Annual report of the Punjab Veterinary College and of the Civil Veterinary Department, Punjab - 1920-1925
Year: 1920
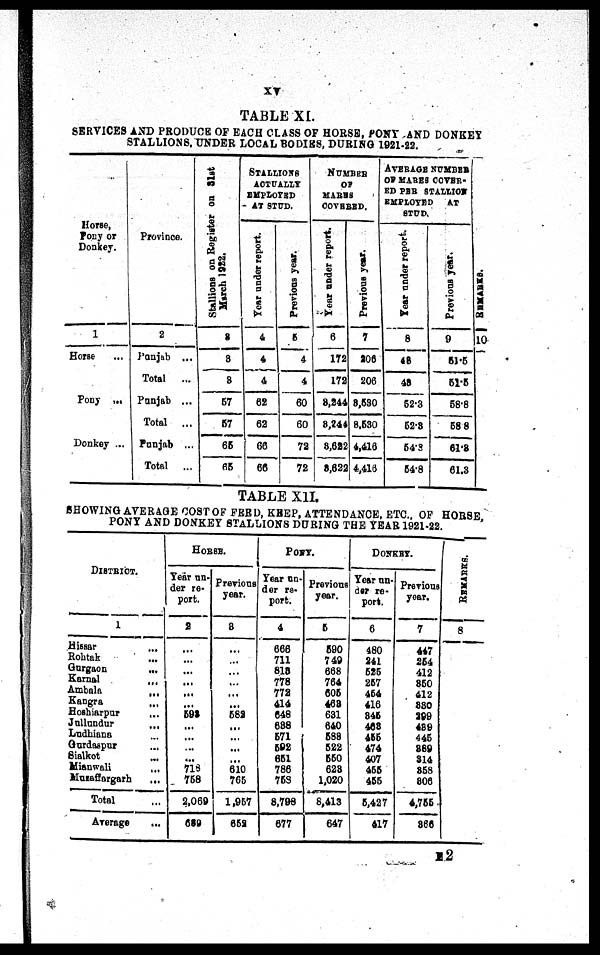
xv
TABLE XI.
SERVICES A N D PRODUCE OF EACH CLASS OF HORSE, PONY A N D DONKEY
STALLIONS, UNDER LOCAL BODIES, DURI NG 1921-22.
Horse,
Pony or
Donkey.
1
Horse ...
Pony ...
Donkey ...
Province.
2
Punj ab ...
Total ...
Punjab ...
Total ...
Punjab ...
Total ...
Stallions on Register on 31st
March 1922.
3
3
3
57
57
65
65
STALLIONS
ACTUALLY
EMPLOYED
A T STUD.
Year under report.
4
4
4
62
62
66
66
Previous year.
5
4
4
60
60
72
72
NUMBER
OF
MARES
COVERED
Year under report.
6
172
172
8, 244
8, 244
8, 622
8, 622
Previous year.
7
206
206
8, 580
8, 530
4, 416
4, 416
AVERAGE NUMBER
OF MARES COVER-
ED PER STALLION
EMPLOYED AT
STUD.
Year under report.
8
48
48
52. 3
52.3
54.8
54.8
Previous year.
9
51.5
51.5
58. 8
58.8
61.3
61. 3 REMARKS.
10
TABLE XII.
SHOWI NG AVERAGE COST OF FEED, KEEP, ATTENDANCE, ETC. , OF HORSE,
PONY AND DONKEY STALLIONS DURI NG THE YEAR 1921-22.
DI STRI CT.
1
Hissar
...
Roht ak ...
Gurgaon
...
Karnal
...
Ambal a
...
Kangra ...
Hoshiarpur ...
Jullundur
...
Ludhi ana . . .
Gurdaspur ...
Sialkot ...
Mi anwal i ...
Muzaffargarh ...
Total ...
Average ...
HORSE.
Year un-
der re-
port.
2
...
...
...
...
...
... 598
...
... ...
...
718
758
2, 069
689
Previous
year.
3
...
... ...
...
...
... 582
...
... ...
...
610
765
1, 957
652
PONY.
Year un-
der re-
port.
4
666
711
818
778
772
414
648
688
571
592
651
786
758
8, 798
677
Previous
year.
5
590
749
668
764
605
463
631
640
588
522
550
623
1, 020
8, 413
647
DONKEY.
Year un-
-er re-
port.
6
480
241
525
257
454
416
845
468
455
474
407
455
455
5, 427
417
Previous
year.
7
447
254
412
850
412
830
299
489
445
889
314
858
806
4, 755
866
REMARKS.
8
12